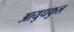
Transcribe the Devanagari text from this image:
आयुधकुल